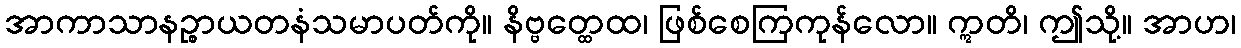
အာကာသာနဉ္စာယတနံသမာပတ်ကို။ နိဗ္ဗတ္ထေထ၊ ဖြစ်စေကြကုန်လော။ ဣတိ၊ ဤသို့။ အာဟ၊